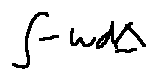
\int - w d \Delta